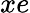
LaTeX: xe